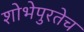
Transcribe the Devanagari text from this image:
शोभेपुरतेच